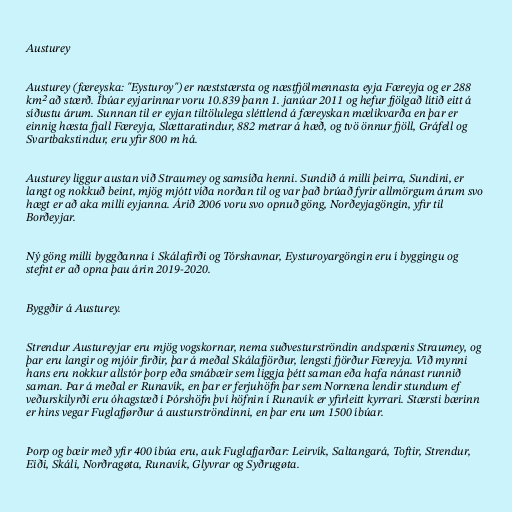
Austurey

Austurey (færeyska: "Eysturoy") er næststærsta og næstfjölmennasta eyja Færeyja og er 288
km² að stærð. Íbúar eyjarinnar voru 10.839 þann 1. janúar 2011 og hefur fjölgað lítið eitt á
síðustu árum. Sunnan til er eyjan tiltölulega sléttlend á færeyskan mælikvarða en þar er
einnig hæsta fjall Færeyja, Slættaratindur, 882 metrar á hæð, og tvö önnur fjöll, Gráfell og
Svartbakstindur, eru yfir 800 m há.

Austurey liggur austan við Straumey og samsíða henni. Sundið á milli þeirra, Sundini, er
langt og nokkuð beint, mjög mjótt víða norðan til og var það brúað fyrir allmörgum árum svo
hægt er að aka milli eyjanna. Árið 2006 voru svo opnuð göng, Norðeyjagöngin, yfir til
Borðeyjar.

Ný göng milli byggðanna í Skálafirði og Tórshavnar, Eysturoyargöngin eru í byggingu og
stefnt er að opna þau árin 2019-2020.

Byggðir á Austurey.

Strendur Austureyjar eru mjög vogskornar, nema suðvesturströndin andspænis Straumey, og
þar eru langir og mjóir firðir, þar á meðal Skálafjörður, lengsti fjörður Færeyja. Við mynni
hans eru nokkur allstór þorp eða smábæir sem liggja þétt saman eða hafa nánast runnið
saman. Þar á meðal er Runavík, en þar er ferjuhöfn þar sem Norræna lendir stundum ef
veðurskilyrði eru óhagstæð í Þórshöfn því höfnin í Runavík er yfirleitt kyrrari. Stærsti bærinn
er hins vegar Fuglafjørður á austurströndinni, en þar eru um 1500 íbúar.

Þorp og bæir með yfir 400 íbúa eru, auk Fuglafjarðar: Leirvík, Saltangará, Toftir, Strendur,
Eiði, Skáli, Norðragøta, Runavík, Glyvrar og Syðrugøta.